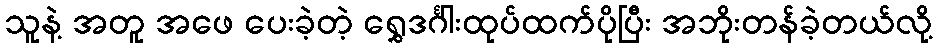
သူနဲ့ အတူ အဖေ ပေးခဲ့တဲ့ ရွှေဒင်္ဂါးထုပ်ထက်ပိုပြီး အဘိုးတန်ခဲ့တယ်လို့